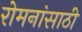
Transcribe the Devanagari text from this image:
रोमनांसाठी